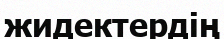
жидектердің